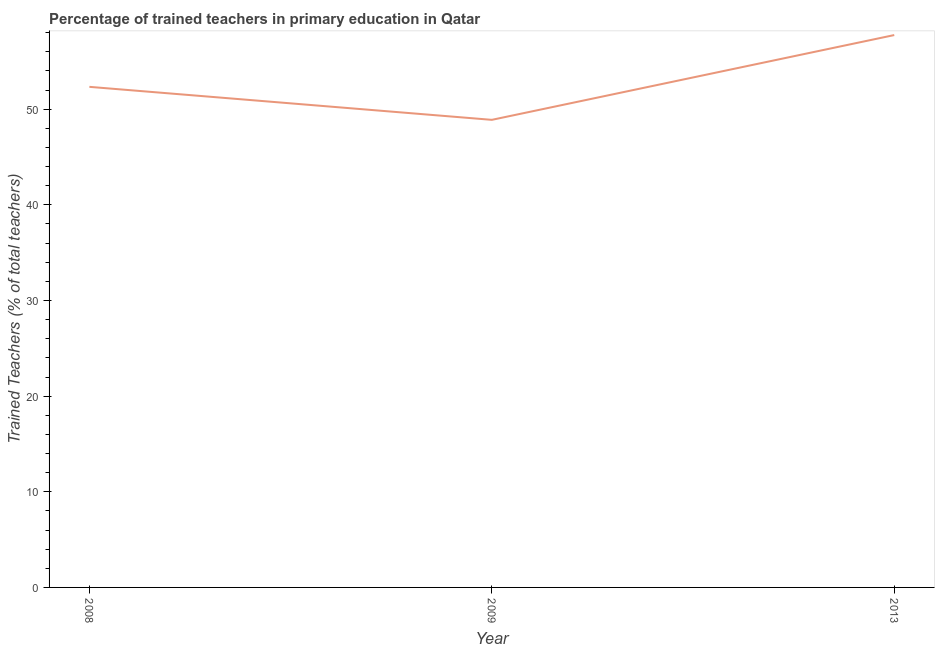
| Year | Trained teacher |
 | --- | --- |
 | 2008 | 52.3 |
 | 2009 | 48.9 |
 | 2013 | 57.8 |